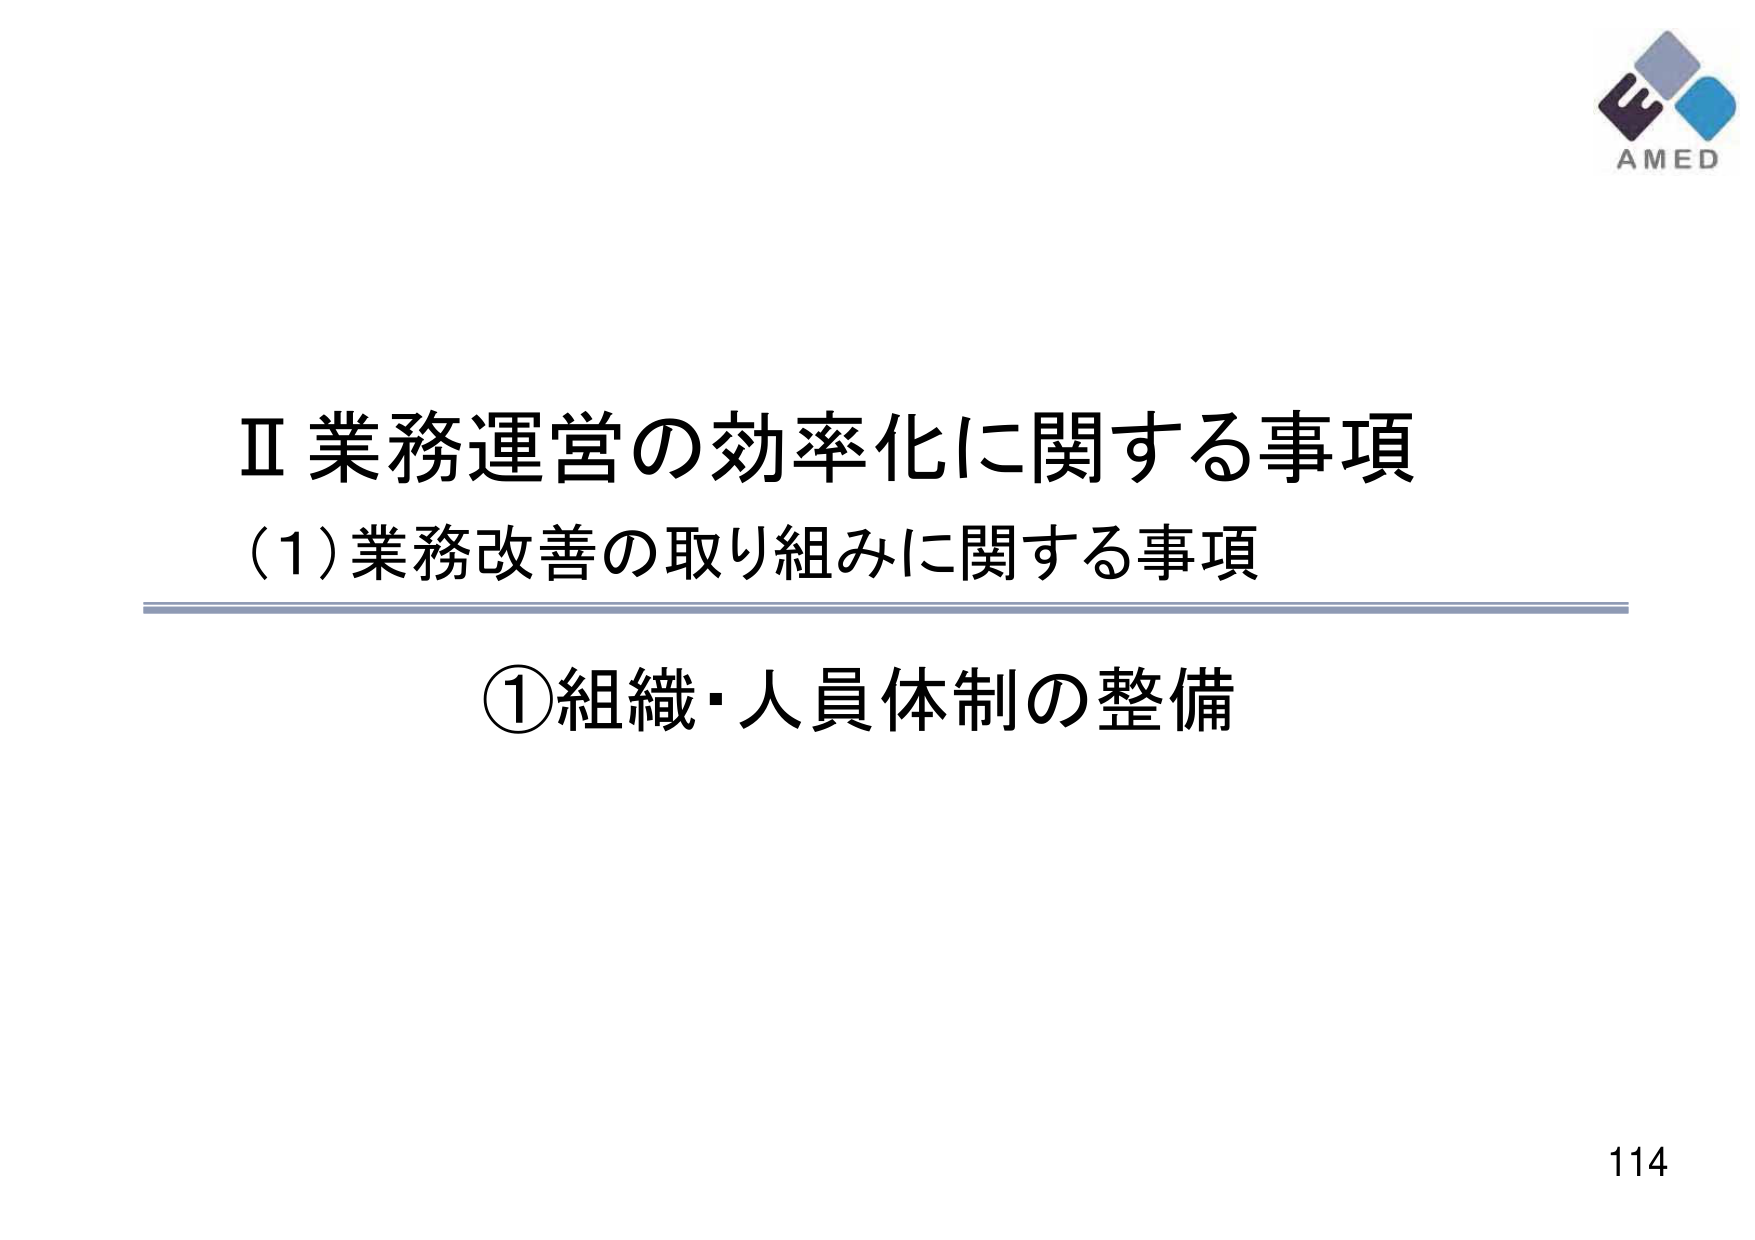
Ⅱ 業務運営の効率化に関する事項
(1) 業務改善の取り組みに関する事項
① 組織・人員体制の整備
AMED
114